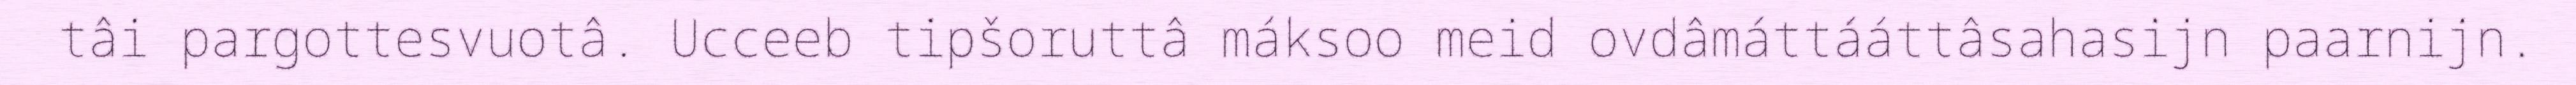
tâi pargottesvuotâ. Ucceeb tipšoruttâ máksoo meid ovdâmáttááttâsahasijn paarnijn.